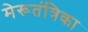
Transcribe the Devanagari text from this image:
मेरूतंत्रिका